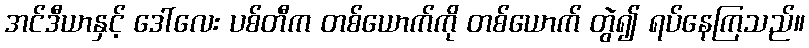
အင်ဒီယာနှင့် ဒေါ်လေး ပစ်တီက တစ်ယောက်ကို တစ်ယောက် တွဲ၍ ရပ်နေကြသည်။